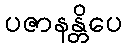
ပဇာနန္တိပေ